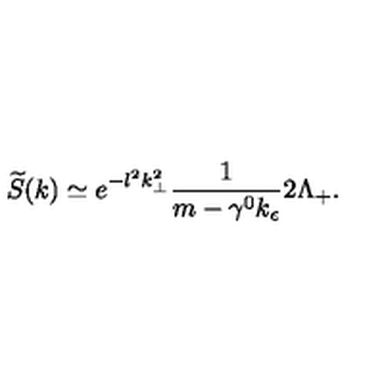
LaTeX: \widetilde { S } ( k ) \simeq e ^ { - l ^ { 2 } k _ { \perp } ^ { 2 } } \frac { 1 } { m - \gamma ^ { 0 } k _ { \epsilon } } 2 \Lambda _ { + } .